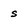
Character: s